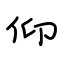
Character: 仰